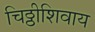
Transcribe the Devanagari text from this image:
चिठ्ठीशिवाय